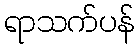
ရာသက်ပန်